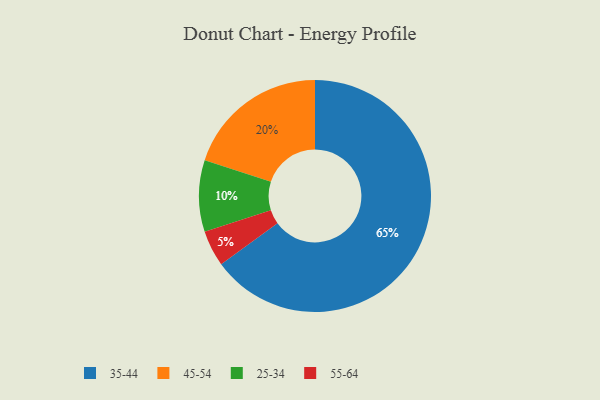
{"axis": {"x": "Category", "y": "Percentage"}, "legend": ["25-34", "35-44", "45-54", "55-64"], "data": [{"x": "55-64", "y": 5, "type": "55-64"}, {"x": "45-54", "y": 20, "type": "45-54"}, {"x": "35-44", "y": 65, "type": "35-44"}, {"x": "25-34", "y": 10, "type": "25-34"}]}